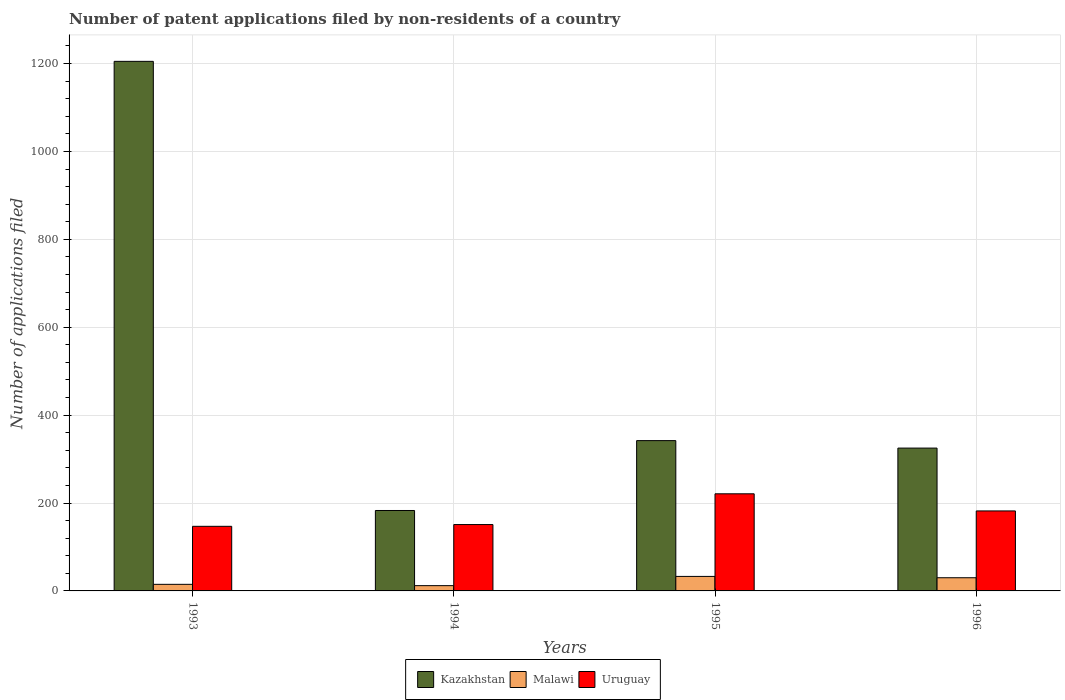
| Years | Kazakhstan | Malawi | Uruguay |
 | --- | --- | --- | --- |
 | 1993 | 1.20e+03 | 15 | 147 |
 | 1994 | 183 | 12 | 151 |
 | 1995 | 342 | 33 | 221 |
 | 1996 | 325 | 30 | 182 |